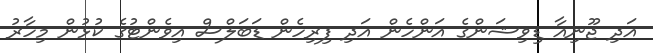
އަދި ޖޫނިއާ ޑިވިޝަންގެ އަންހެން އަދި ފިރިހެން ޑަބަލްސް އިވެންޓުގެ ކުޅުން މިހާރު